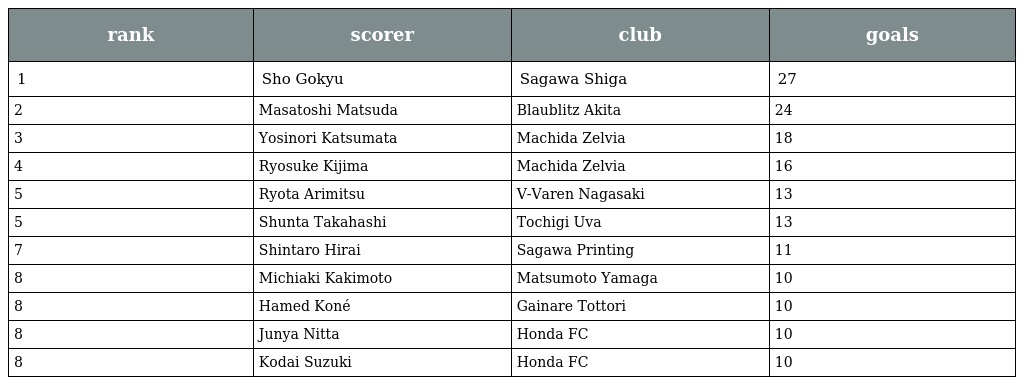
| rank | scorer | club | goals |
 | --- | --- | --- | --- |
 | 1 | Sho Gokyu | Sagawa Shiga | 27 |
 | 2 | Masatoshi Matsuda | Blaublitz Akita | 24 |
 | 3 | Yosinori Katsumata | Machida Zelvia | 18 |
 | 4 | Ryosuke Kijima | Machida Zelvia | 16 |
 | 5 | Ryota Arimitsu | V-Varen Nagasaki | 13 |
 | 5 | Shunta Takahashi | Tochigi Uva | 13 |
 | 7 | Shintaro Hirai | Sagawa Printing | 11 |
 | 8 | Michiaki Kakimoto | Matsumoto Yamaga | 10 |
 | 8 | Hamed Koné | Gainare Tottori | 10 |
 | 8 | Junya Nitta | Honda FC | 10 |
 | 8 | Kodai Suzuki | Honda FC | 10 |